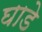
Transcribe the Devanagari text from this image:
घाडे